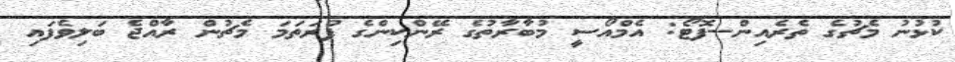
ކުޅުނު މެޗުގެ ތެރެއިން--ފޮޓޯ: އެމްއޯސީ މުބާރާތުގެ ރޭންކިންގެ ފުރަތަމަ މެޗުން ރާއްޖެ ބަލިވެފައި